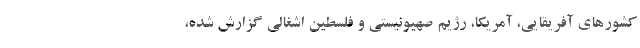
کشورهای آفریقایی، آمریکا، رژیم صهیونیستی و فلسطین اشغالی گزارش شده،